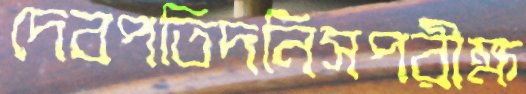
দেবপতিদনিসপরীক্ষ